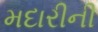
મદારીની